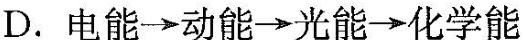
D. 电能\rightarrow 动能\rightarrow 光能\rightarrow 化学能